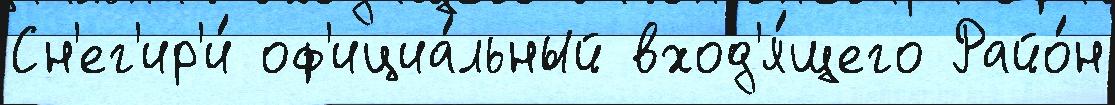
Сн'ег'ир'и́ оф'ициа́льный вход'я́щего Райо́н